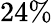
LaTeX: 24\%